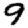
Digit: 9